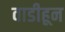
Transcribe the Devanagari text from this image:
वाडीहून